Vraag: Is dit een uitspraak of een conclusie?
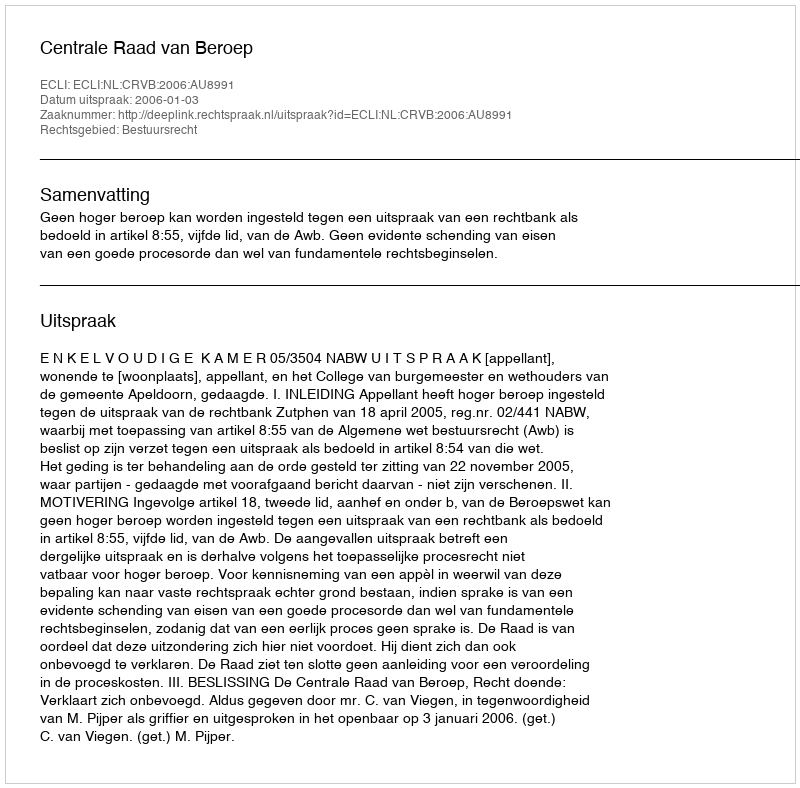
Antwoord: Uitspraak